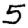
Digit: 5